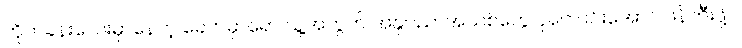
တိုက်ခန်းလေးမှာနေတဲ့ ခေတ်မှာရော သူ့အတွက် အနုပညာအသစ်တွေ ပိုကောင်းအောင် ဖန်တီးဖို့ပဲ